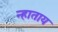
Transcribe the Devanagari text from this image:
न्हाताय